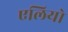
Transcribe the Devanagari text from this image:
एलियो